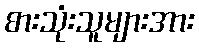
စားသုံးသူများအား